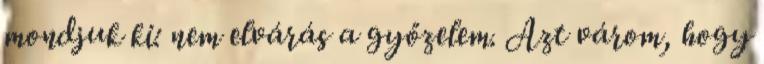
mondjuk ki: nem elvárás a győzelem. Azt várom, hogy